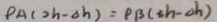
P A ( 2 h - \Delta h ) = P B ( 3 h - \Delta h )